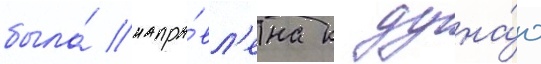
была́ напра́вл'ена к дуна́ю